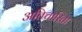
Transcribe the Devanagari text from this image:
अतिचारिता